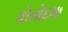
કોતોદમા